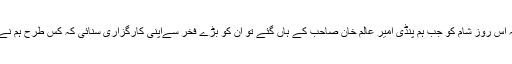
دوسرا دلچسپ پہلو یہ رہا کہ اس روز شام کو جب ہم پنڈی امیر عالم خان صاحب کے ہاں گئے تو ان کو بڑے فخر سےاپنی کارگزاری سنائی کہ کس طرح ہم نے ریکارڈ کیپر کی کلاس لی۔